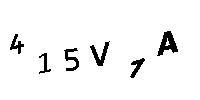
415V1A